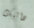
داليك